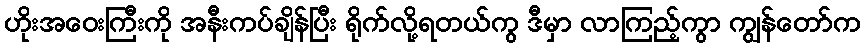
ဟိုးအဝေးကြီးကို အနီးကပ်ချိန်ပြီး ရိုက်လို့ရတယ်ကွ ဒီမှာ လာကြည့်ကွာ ကျွန်တော်က